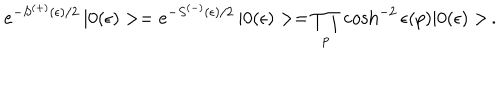
e ^ { - S ^ { ( + ) } ( \epsilon ) / 2 } \, | 0 ( \epsilon ) > = e ^ { - S ^ { ( - ) } ( \epsilon ) / 2 } \, | 0 ( \epsilon ) > = \prod _ { p } \, \cosh ^ { - 2 } \epsilon ( p ) | 0 ( \epsilon ) > \, .